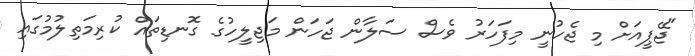
"ޖޭޕީއަށް މި ޖެހުނީ މިފަހަރު ވެސް ސަލާން ޖަހަން މަޖިލީހުގެ ގޮނޑިތައް ކުރިމަތިލުމުގައި